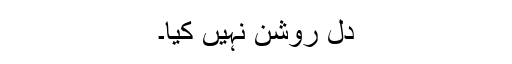
دل روشن نہیں کیا۔